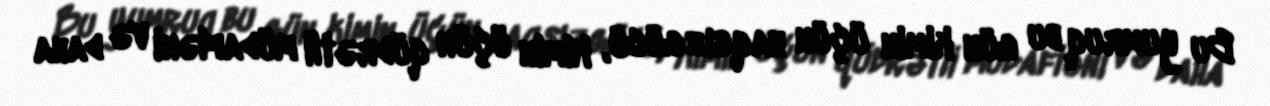
Bu yumruq bu gün kimin üçün haqsız gücü, kimin üçün qüdrətli müdafiəni və daha